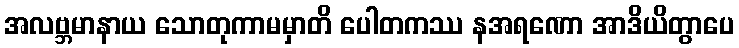
အလဗ္ဘမာနာယ သောတုကာမမှာတိ ပေါတကဿ နအရဏော အာဒိယိတွာပေ